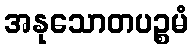
အနုသောတပဉ္စမံ